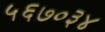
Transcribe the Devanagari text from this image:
५६७०३४